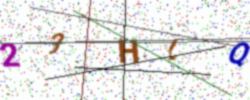
Text: 23HLQ